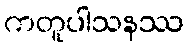
ကတူပါသနဿ